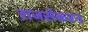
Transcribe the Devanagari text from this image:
राजसेकरन